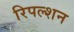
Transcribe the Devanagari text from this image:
रिपल्शन